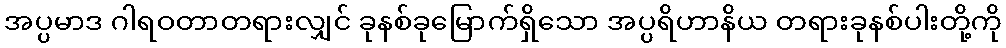
အပ္ပမာဒ ဂါရဝတာတရားလျှင် ခုနစ်ခုမြောက်ရှိသော အပ္ပရိဟာနိယ တရားခုနစ်ပါးတို့ကို